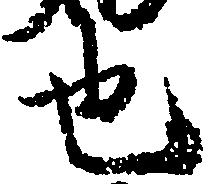
也